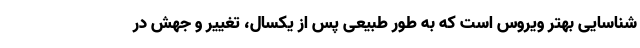
شناسایی بهتر ویروس است که به طور طبیعی پس از یکسال، تغییر و جهش در